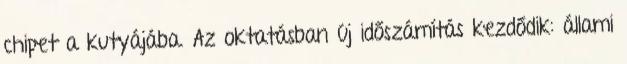
chipet a kutyájába. Az oktatásban új időszámítás kezdődik: állami